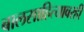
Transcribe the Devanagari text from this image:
बालसाहित्यावरही